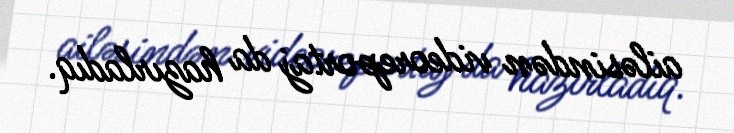
ailəsindən videoreportaj da hazırladıq.